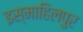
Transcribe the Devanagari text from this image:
इस्माहिलपुर